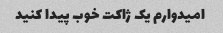
امیدوارم یک ژاکت خوب پیدا کنید